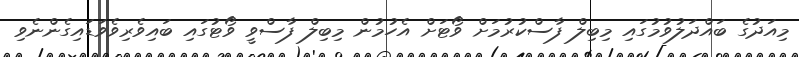
މިއަދުގެ ބައްދަލުވުމުގައި މިބިލް ފާސްކުރުމަށް ވޯޓަށް އެހުމުން މިބިލް ފާސްވީ ވޯޓުގައި ބައިވެރިވެވަޑައިގެންނެވި